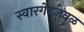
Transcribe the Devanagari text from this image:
स्वारगेटजवळ